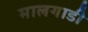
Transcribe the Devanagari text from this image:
मालगाडी